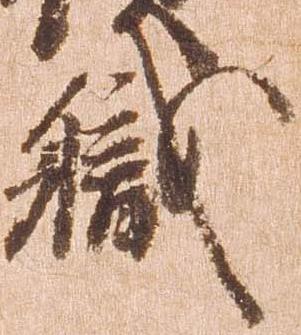
職